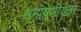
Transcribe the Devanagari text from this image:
सम्‍प्रेषणीयता